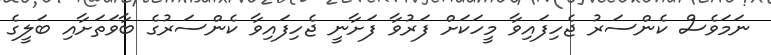
ނަމަވެސް ކެންސަރު ޖެހިފައިވާ މީހަކަށް ފަރުވާ ފަށާނީ ޖެހިފައިވާ ކެންސަރުގެ ބާވަތަށާއި ބަލީގެ